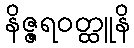
နိဇ္ဇရဝတ္ထူနိ